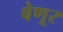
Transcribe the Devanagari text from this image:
बेणूर